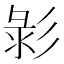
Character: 𢒚